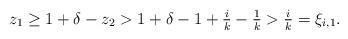
LaTeX: \begin{align*}z_1\ge 1+\delta-z_2 > 1+\delta -1+\tfrac{i}k -\tfrac1k > \tfrac{i}k = \xi_{i,1}. \end{align*}